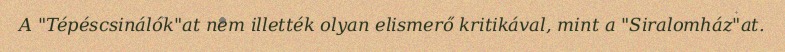
A "Tépéscsinálók"at nem illették olyan elismerő kritikával, mint a "Siralomház"at.